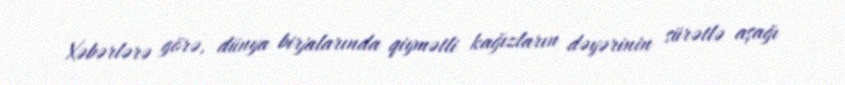
Xəbərlərə görə, dünya birjalarında qiymətli kağızların dəyərinin sürətlə aşağı